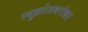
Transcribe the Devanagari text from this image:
स्युक्रोजबरोबर